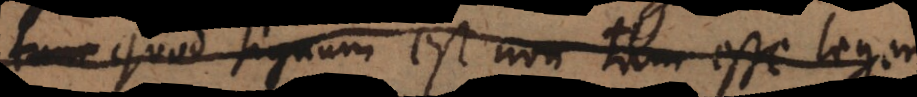
Leg. quod signum est non tam esse legem